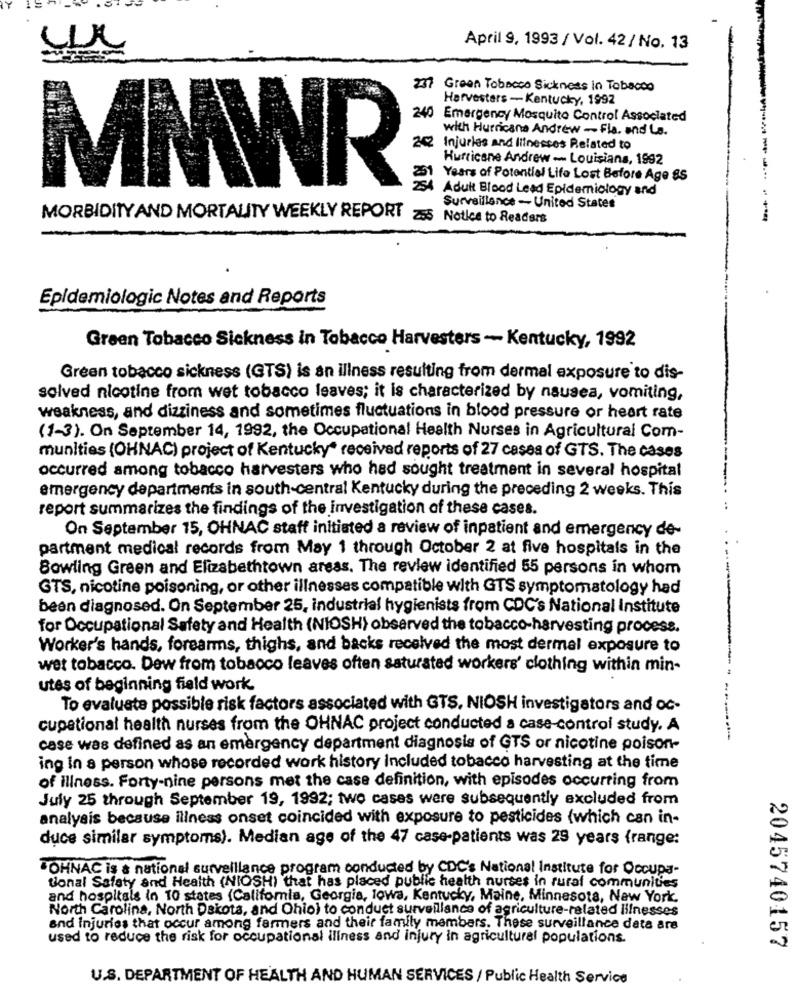
April 9, 1993 / Vol. 42 / No. 13
237 Green Tobacco Sickness in Tobacco
Harvesters - Kentucky, 1992
240
Emergency Mosquito Control Associated
with Hurricane Andrew ~ Fla. and La.
242 Injuries and Illnesses Related to
Hurricane Andrew -- Louisiana, 1992
Years of Potential Life Lost Before Age 85
MMWR
Adult Blood Lead Epidemiology and
Surveillance -United States
MORBIDITY AND MORTALITY WEEKLY REPORT 255 Notice to Readers
Epidemiologic Notes and Reports
Green Tobacco Sickness in Tobacco Harvesters - Kentucky, 1992
Green tobacco sickness (GTS) is an illness resulting from dermal exposure to dis-
solved nicotine from wet tobacco leaves; it is characterized by nausea, vomiting,
weakness, and dizziness and sometimes fluctuations in blood pressure or heart rate
(1-3). On September 14, 1992, the Occupational Health Nurses in Agricultural Com-
munities (OHNAC) project of Kentucky" received reports of 27 cases of GTS. The cases
occurred among tobacco harvesters who had sought treatment in several hospital
emergency departments in south-central Kentucky during the preceding 2 weeks. This
report summarizes the findings of the investigation of these cases.
On September 15, OHNAC staff initiated a review of inpatient and emergency de-
partment medical records from May 1 through October 2 at five hospitals in the
Bowling Green and Elizabethtown areas. The review identified 55 persons in whom
GTS, nicotine poisoning, or other illnesses compatible with GTS symptomatology had
been diagnosed. On September 25, industrial hygienists from CDC's National Institute
for Occupational Safety and Health (NIOSH) observed the tobacco-harvesting process.
Worker's hands, forearms, thighs, and backs received the most dermal exposure to
wet tobacco. Dew from tobacco leaves often saturated workers' clothing within min-
utes of beginning field work.
To evaluate possible risk factors associated with GTS, NIOSH investigators and oc-
cupational health nurses from the OHNAC project conducted a case-control study. A
case was defined as an emergency department diagnosis of GTS or nicotine poison-
ing in a person whose recorded work history included tobacco harvesting at the time
of illness. Forty-nine persons met the case definition, with episodes occurring from
July 25 through September 19, 1992; two cases were subsequently excluded from
analysis because illness onset coincided with exposure to pesticides (which can in-
duce similar symptoms). Median age of the 47 case-patients was 28 years (range:
JOHNAC is a national surveillance program conducted by CDC's National Institute for Occupa-
tional Safety and Health (NIOSH) that has placed public health nurses in rural communities
and hospitals in 10 states (California, Georgia, Iowa, Kentucky, Maine, Minnesota, New York.
North Carolina, North Dakota, and Ohio) to conduct surveillance of agriculture-related illnesses
and Injuries that occur among farmers and their family members. These surveillance data are
used to reduce the risk for occupational illness and injury in agricultural populations.
2045740157
U.S. DEPARTMENT OF HEALTH AND HUMAN SERVICES / Public Health Service